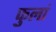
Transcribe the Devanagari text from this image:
फुलां